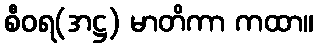
စီဝရ(အဋ္ဌ) မာတိကာ ကထာ။